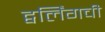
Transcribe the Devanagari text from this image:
ट्वर्लिंगची